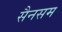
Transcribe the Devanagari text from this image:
सैनसम